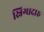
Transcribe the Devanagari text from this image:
स्निग्धदारु